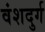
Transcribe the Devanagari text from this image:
वंशदुर्ग